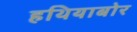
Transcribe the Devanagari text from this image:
हथियाबोर